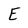
Character: E